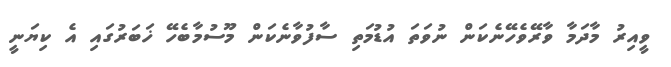
ވީއިރު މާދަމާ ވާރޭވެހޭނެކަން ނުވަތަ އުޑުމަތި ސާފުވާނެކަން މޫސުމާބެހޭ ޚަބަރުގައި އެ ކިޔަނީ